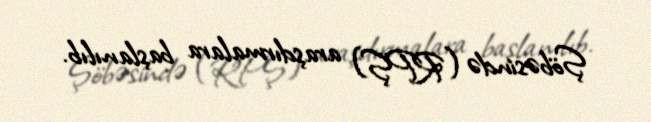
Şöbəsində (RPŞ) araşdırmalara başlanılıb.